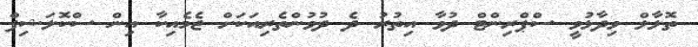
ތޮލާލް ވިދާޅުވީ ސްޕްރިންޓް ދުވާ އިތުރު ދެ ދުވުންތެރިއަކަށް ޖެމެއިކާ އިން ސްކޮލަޝިޕް